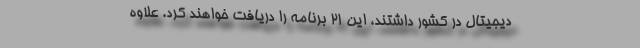
دیجیتال در کشور داشتند، این ۲۱ برنامه را دریافت خواهند کرد. علاوه